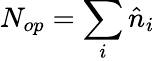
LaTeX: N_{op}=\sum_{i}\hat{n}_{i}